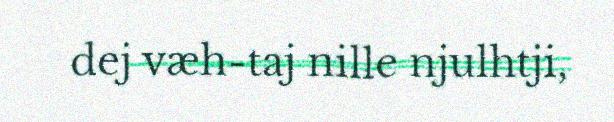
dej væh-taj nille njulhtji,